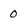
Character: 0